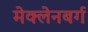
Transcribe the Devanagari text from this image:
मेक्लेनबर्ग